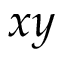
x y